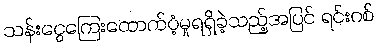
သန်းငွေကြေးထောက်ပံ့မှုရရှိခဲ့သည့်အပြင် ရင်းဂစ်